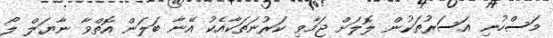
މަސްހުނި އަސަރުތަކުން ލޮލަށް ޖަމާވި ކަރުނަތަކާއެކު އޭނާ ބަލަން އޮތްވާ ނާޔަލް ލޯ